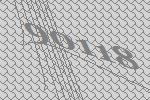
90118